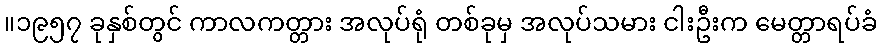
။၁၉၅၇ ခုနှစ်တွင် ကာလကတ္တား အလုပ်ရုံ တစ်ခုမှ အလုပ်သမား ငါးဦးက မေတ္တာရပ်ခံ